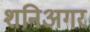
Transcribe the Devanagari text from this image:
शनिअगर